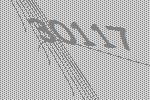
30117